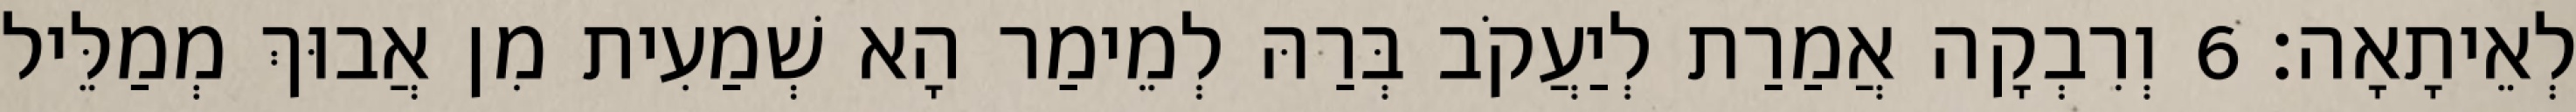
לְאֵיתָאָה׃ 6 וְרִבְקָה אֲמַרַת לְיַעֲקֹב בְּרַהּ לְמֵימַר הָא שְׁמַעִית מִן אֲבוּךְ מְמַלֵּיל